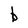
Character: b